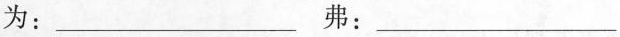
为：___ 弗：___